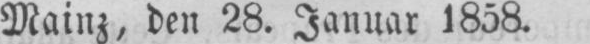
Mainz, den 28. Januar 1858.